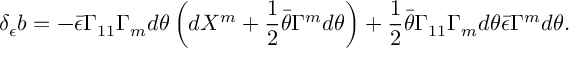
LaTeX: \delta _ { \epsilon } b = - \bar { \epsilon } \Gamma _ { 1 1 } \Gamma _ { m } d \theta \left( d X ^ { m } + { \frac { 1 } { 2 } } \bar { \theta } \Gamma ^ { m } d \theta \right) + { \frac { 1 } { 2 } } \bar { \theta } \Gamma _ { 1 1 } \Gamma _ { m } d \theta \bar { \epsilon } \Gamma ^ { m } d \theta .